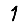
Digit: 1